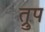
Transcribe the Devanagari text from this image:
त्रुप